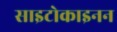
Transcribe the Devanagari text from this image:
साइटोकाइनन